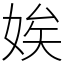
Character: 娭